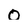
Character: O